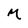
Character: M